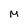
Character: M